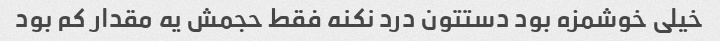
خیلی خوشمزه بود دستتون درد نکنه فقط حجمش یه مقدار کم بود